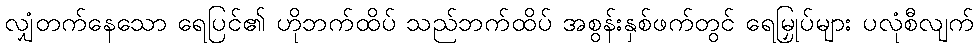
လျှံတက်နေသော ရေပြင်၏ ဟိုဘက်ထိပ် သည်ဘက်ထိပ် အစွန်းနှစ်ဖက်တွင် ရေမြှုပ်များ ပလုံစီလျက်